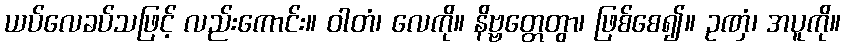
ယပ်လေခပ်သဖြင့် လည်းကောင်း။ ဝါတံ၊ လေကို။ နိဗ္ဗတ္တေတွာ၊ ဖြစ်စေ၍။ ဥဏှံ၊ အပူကို။